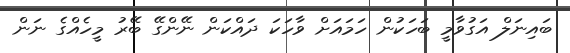
ބައިނަލް އަގުވާމީ ބަހަކުން ހަމައަށް ވާހަކަ ދައްކަން ނޭންގޭ ބޭރު މީހެއްގެ ނަން